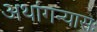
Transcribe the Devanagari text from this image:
अथांगन्यासः